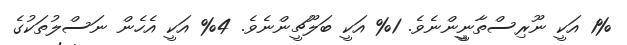
1% އަކީ ނޫރިސްތާނީީންނެވެ. 1% އަކީ ބަލޫޗީންނެވެ. 4% އަކީ އެހެން ނަސްލުތަކުގެ